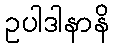
ဥပါဒါနာနိ